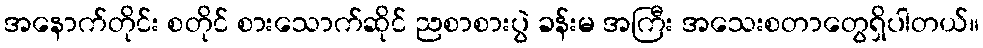
အနောက်တိုင်း စတိုင် စားသောက်ဆိုင် ညစာစားပွဲ ခန်းမ အကြီး အသေးစတာတွေရှိပါတယ်။